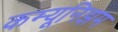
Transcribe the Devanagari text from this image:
कम्यूनिझम